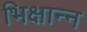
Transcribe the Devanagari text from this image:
भिक्षान्न